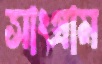
সাংগ্রাম